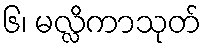
၆၊ မလ္လိကာသုတ်